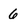
Character: 6